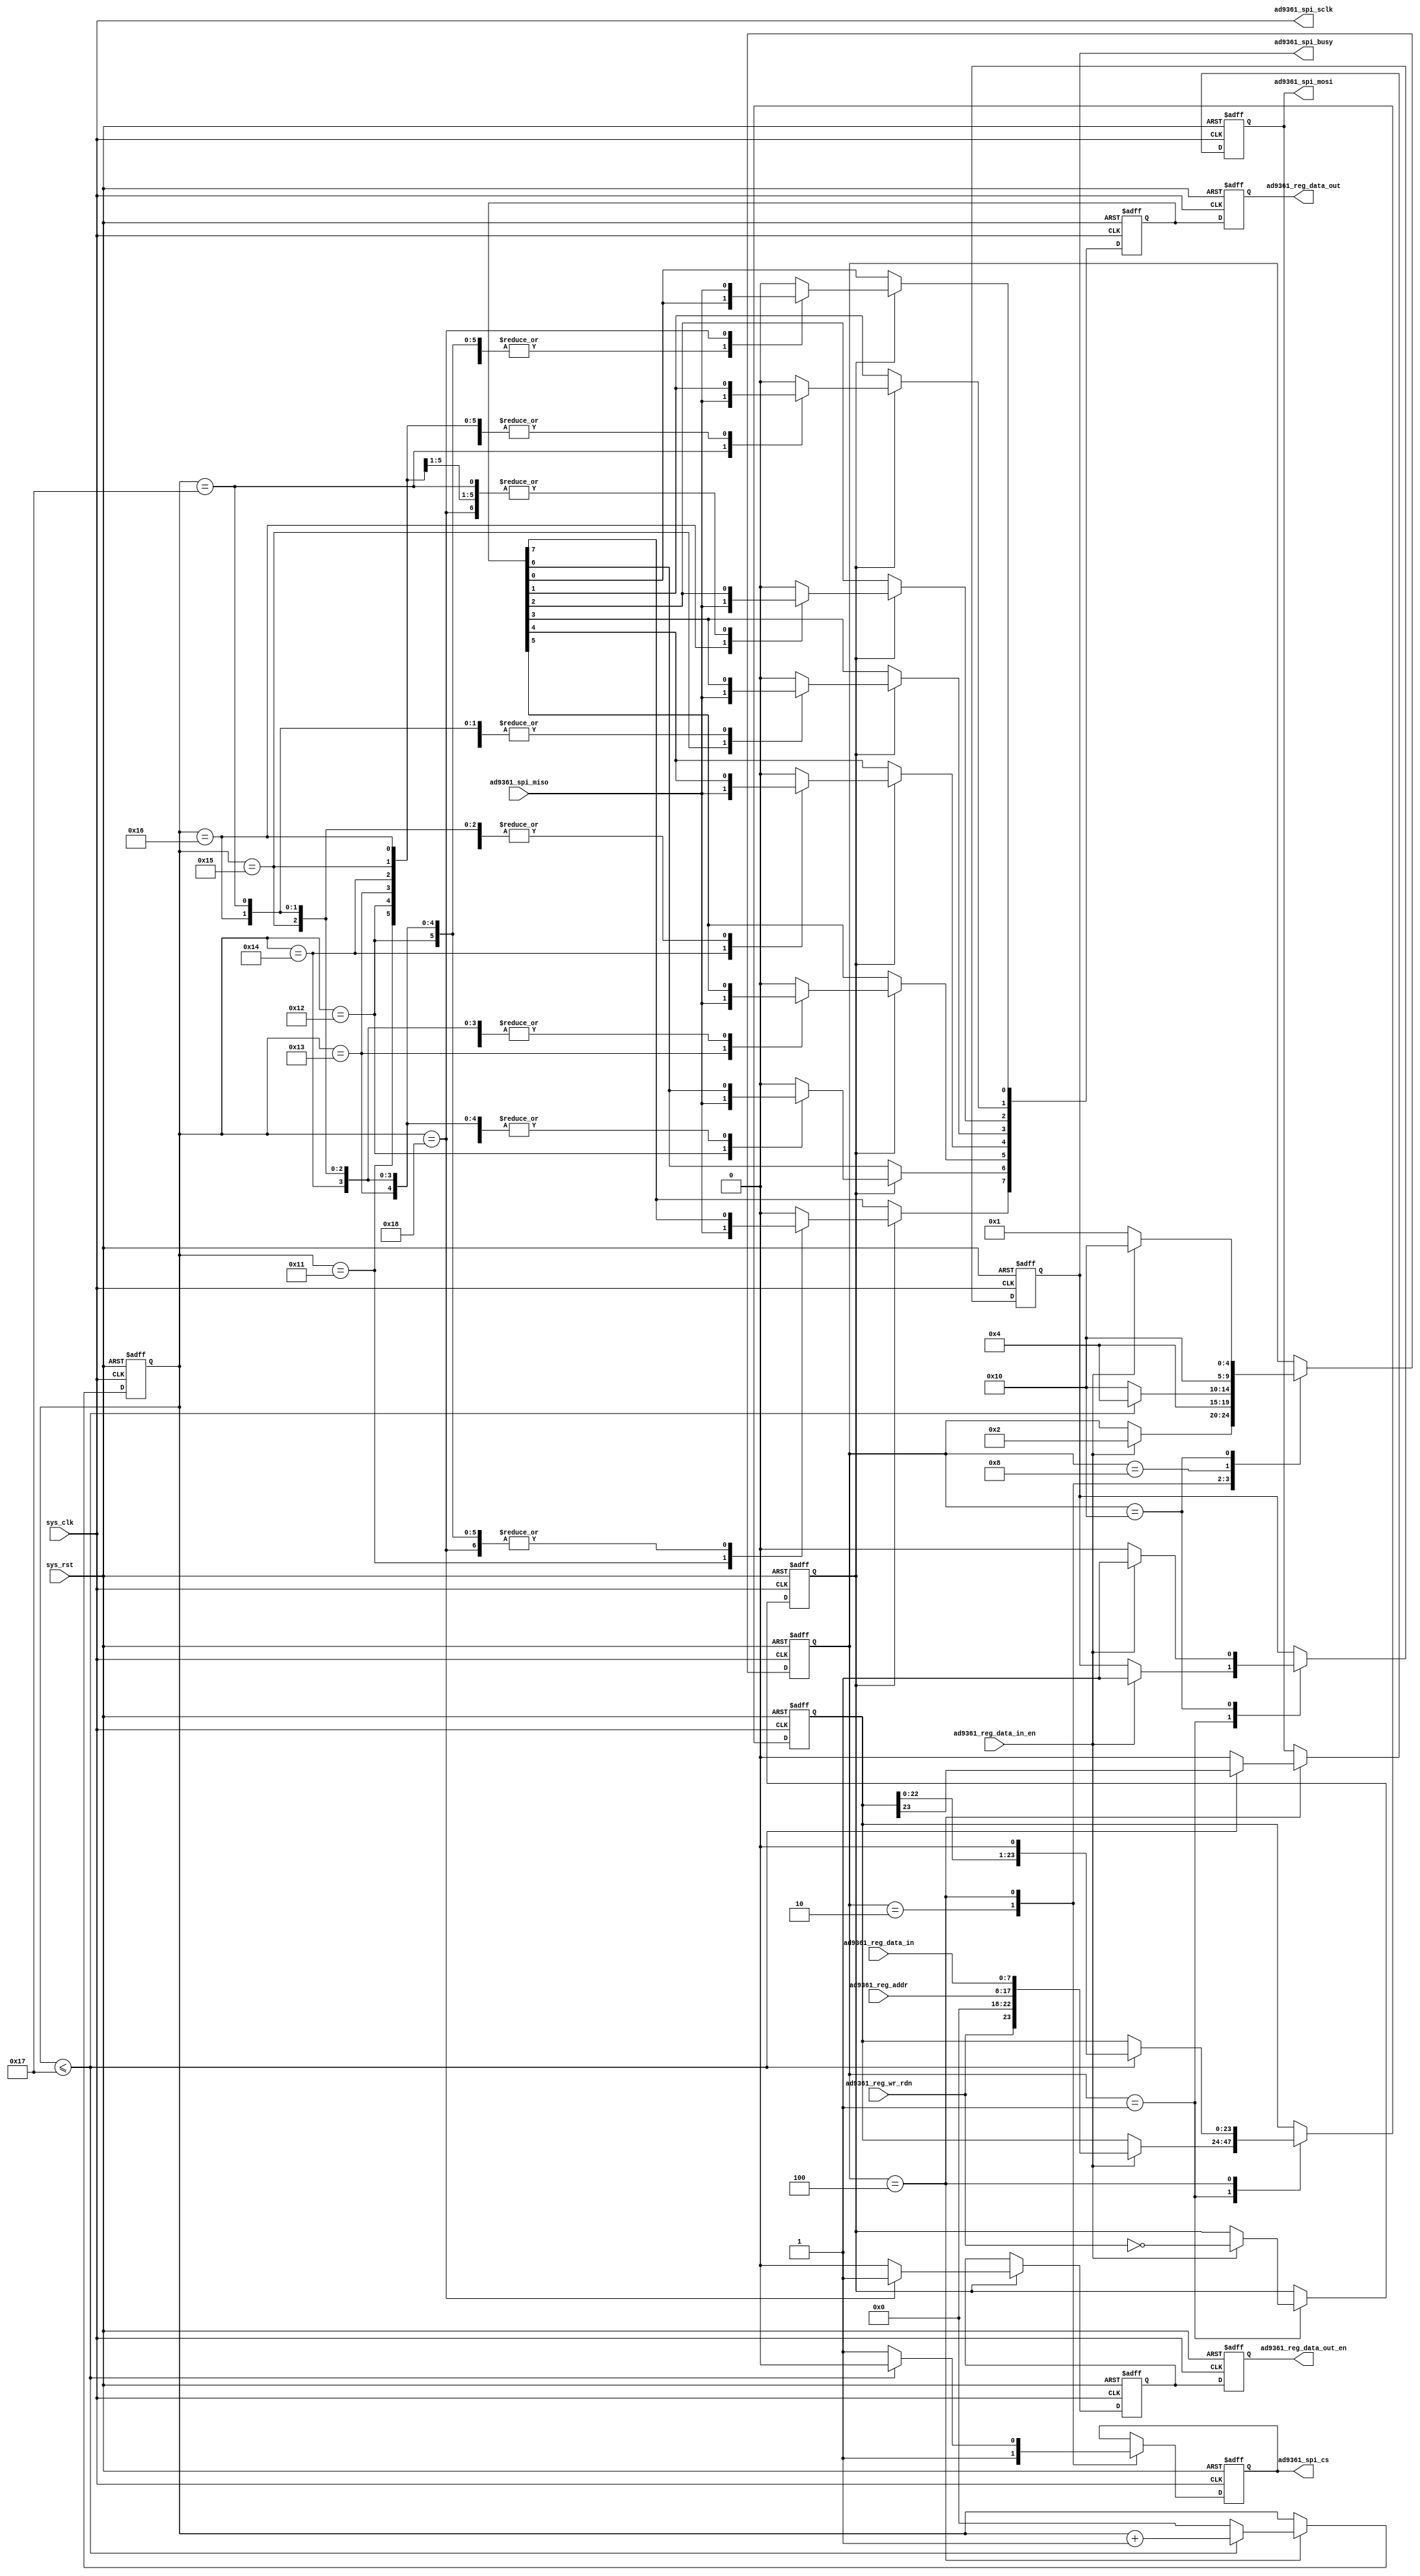
/*************************************************************************************
 *
 * @file 		ad9361_spi_drv.v
 * @brief 		AD9361 chip SPI interface driver module.
 * @author 		Tang Tao, DSP Lab.
 * @date 		2017.6.12
 *
 *************************************************************************************/
`timescale 1ns / 1ps

module ad936_spi_drv(
	// Input clock and reset signal.
	input 					sys_clk,
	input 					sys_rst,
	
	// SPI command data signal.
	input  		[9 : 0] 	ad9361_reg_addr,
	input  		[7 : 0]  	ad9361_reg_data_in,
	input 					ad9361_reg_data_in_en,
	input 					ad9361_reg_wr_rdn,
	output reg	[7 : 0]  	ad9361_reg_data_out,
	output reg				ad9361_reg_data_out_en,
	
	// SPI interface and status signal.
	output reg				ad9361_spi_cs,
	output					ad9361_spi_sclk,
	output reg				ad9361_spi_mosi,
	input 					ad9361_spi_miso,
	
	output reg 				ad9361_spi_busy
);

	/* SPI interface state reg. */
	reg  [4 : 0] 	state;
	/* SPI interface 24-bit command data reg. */
	reg  [23 : 0] 	cmd;
	/* SPI interface send data state reg. */
	reg  [4 : 0] 	shift_reg;
	/* Read enable reg. */
	reg 			rd_en;
	
	/* Set SPI interface SCLK is VC707 clock, 20MHz. */
	assign ad9361_spi_sclk = sys_clk;
	
	/* According to the timing, send data on the posedge of the clock signal. */
	always @ (posedge sys_clk or posedge sys_rst)
		if (sys_rst) begin
			ad9361_spi_mosi <= 1'b0;
			ad9361_spi_cs   <= 1'b1;
			ad9361_spi_busy <= 1'b0;
			
			cmd 	  <= 24'd0;
			state 	  <= 5'b0_0001;
			shift_reg <= 5'd0;
			rd_en 	  <= 1'b0;
		end else begin
			case (state)
				/* SPI interface receive up-level data state. */
				5'b0_0001: begin
					/* If the input command data is valid, then read all these data. */
					if (ad9361_reg_data_in_en) begin
						cmd <= {ad9361_reg_wr_rdn, 3'd0, 2'd0, ad9361_reg_addr, 
							ad9361_reg_data_in};
						rd_en <= ~ad9361_reg_wr_rdn;
						ad9361_spi_busy <= 1'b1;		// Set the SPI interface busy flag.
						state <= 5'b0_0010;
					/* If the AD9361 configuration data valid signal is 0, wait. */
					end else begin 
					end
				end
				/* SPI interface preparing state. */
				5'b0_0010: begin
					ad9361_spi_cs <= 1'b1;				// Disable SPI interface.
					state <= 5'b0_0100;
				end
				/* SPI interface 24-bit data transferring state. */
				5'b0_0100: begin
					/* If the 24-bit command data haven't been completed yet. */
					if (shift_reg <= 5'd23) begin
						ad9361_spi_cs <= 1'b0;
						ad9361_spi_mosi <= cmd[23];
						cmd <= cmd << 1;
						shift_reg <= shift_reg + 1'b1;
						state <= 5'b0_0100;
					/* If all of the 24-bit data has been transmitted. */
					end else begin
						ad9361_spi_cs <= 1'b1;			// Disable SPI.
						ad9361_spi_mosi <= 1'b0;		// Idle state.
						shift_reg <= 5'd0;
						state <= 5'b1_0000;
					end
				end
				/* SPI interface send completed state, wait for 1 clock. */
				5'b0_1000: begin
					state <= 5'b1_0000;
				end
				/* Wait for register data valid signal to reset. */
				5'b1_0000: begin
					/* If the data valid signal is reset. */
					if (!ad9361_reg_data_in_en) begin 
						ad9361_spi_busy <= 1'b0;		// SPI idle.
						state <= 5'b0_0001;
					/* If the data valid signal is still set, then wait to reset. */
					end else begin 
						ad9361_spi_busy <= 1'b1;		// SPI busy.
						state <= 5'b1_0000;
					end
				end
			endcase
		end

	/* 8-bit read register data reg. */
	reg [7:0] dout_reg;
	/* Read data valid reg. */
	reg dout_en_reg;
	
	/* Sample the AD9361 data at the negedge of the clock signal. */
	always @ (negedge sys_clk or posedge sys_rst)
		if (sys_rst) begin
			dout_reg <= 8'd0;
			dout_en_reg <= 1'b0;
		/* If read AD9361 signal is valid, then read the MISO signal. */
		end else if (rd_en) begin
			case (shift_reg)
				/* MSB first. */
				5'd17: begin 
					dout_reg[7] <= ad9361_spi_miso;
					dout_en_reg <= 1'b0;
				end
				5'd18: begin 
					dout_reg[6] <= ad9361_spi_miso;
					dout_en_reg <= 1'b0;
				end
				5'd19: begin 
					dout_reg[5] <= ad9361_spi_miso;
					dout_en_reg <= 1'b0;
				end
				5'd20: begin 
					dout_reg[4] <= ad9361_spi_miso;
					dout_en_reg <= 1'b0;
				end
				5'd21: begin 
					dout_reg[3] <= ad9361_spi_miso;
					dout_en_reg <= 1'b0;
				end
				5'd22: begin 
					dout_reg[2] <= ad9361_spi_miso;
					dout_en_reg <= 1'b0;
				end
				5'd23: begin 
					dout_reg[1] <= ad9361_spi_miso;
					dout_en_reg <= 1'b0;
				end
				5'd24: begin 
					dout_reg[0] <= ad9361_spi_miso;
					dout_en_reg <= 1'b1;	// Read completed, set data valid signal.
				end
				default: begin 
					dout_reg <= 8'd0;
					dout_en_reg <= 1'b0;
				end
			endcase
		end

	/* Output AD9361 register data out and data out valid signal. */
	always @ (posedge sys_clk or posedge sys_rst)
		if (sys_rst) begin
			ad9361_reg_data_out <= 8'd0;
			ad9361_reg_data_out_en <= 1'b0;
		end else begin
			ad9361_reg_data_out <= dout_reg;
			ad9361_reg_data_out_en <= dout_en_reg;
		end

endmodule